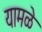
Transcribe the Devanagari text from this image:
यामळे